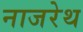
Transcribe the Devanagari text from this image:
नाजरेथ